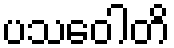
ပသဝေါတိ